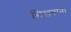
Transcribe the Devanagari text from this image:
सिखवाना